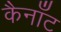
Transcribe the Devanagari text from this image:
कैनाँट